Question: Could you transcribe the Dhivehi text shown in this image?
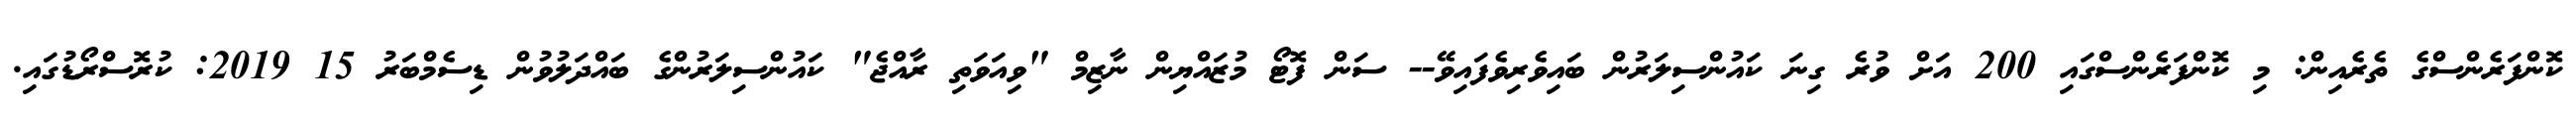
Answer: ކޮންފަރެންސްގެ ތެރެއިން: މި ކޮންފަރެންސްގައި 200 އަށް ވުރެ ގިނަ ކައުންސިލަރުން ބައިވެރިވެފައިވޭ-- ސަން ފޮޓޯ މުޒައްޔިން ނާޒިމް "ވިއަވަތި ރާއްޖެ" ކައުންސިލަރުންގެ ބައްދަލުވުން ޑިސެމްބަރު 15 2019: ކުރޮސްރޯޑުގައި.